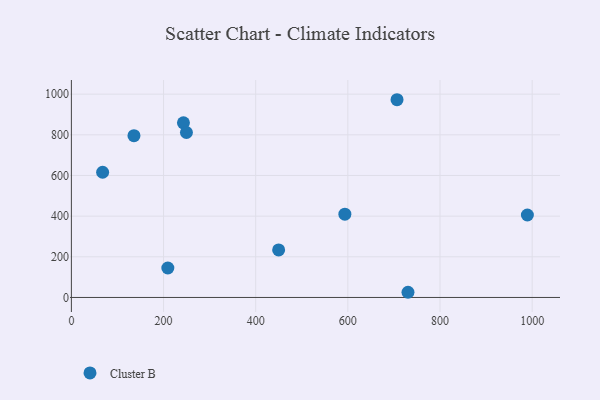
{"axis": {"x": "Distance", "y": "Exam Score"}, "legend": ["Cluster B"], "data": [{"x": "593.5", "y": 409.6, "type": "Cluster B"}, {"x": "449.8", "y": 234.0, "type": "Cluster B"}, {"x": "706.7", "y": 972.6, "type": "Cluster B"}, {"x": "243.2", "y": 859.1, "type": "Cluster B"}, {"x": "249.7", "y": 811.3, "type": "Cluster B"}, {"x": "209.3", "y": 144.9, "type": "Cluster B"}, {"x": "135.8", "y": 795.8, "type": "Cluster B"}, {"x": "730.5", "y": 25.5, "type": "Cluster B"}, {"x": "989.6", "y": 405.6, "type": "Cluster B"}, {"x": "67.8", "y": 615.8, "type": "Cluster B"}]}